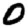
Digit: 0